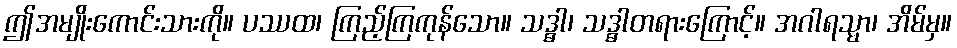
ဤအမျိုးကောင်းသားကို။ ပဿထ၊ ကြည့်ကြကုန်သော။ သဒ္ဓါ၊ သဒ္ဓါတရားကြောင့်။ အဂါရသ္မာ၊ အိမ်မှ။